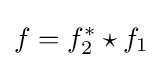
f=f_{2}^{*}\star f_{1}